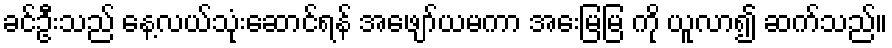
ခင်ဦးသည် နေ့လယ်သုံးဆောင်ရန် အဖျော်ယမကာ အေးမြမြ ကို ယူလာ၍ ဆက်သည်။